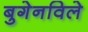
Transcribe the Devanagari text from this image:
बुगेनविले